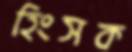
হিংসক